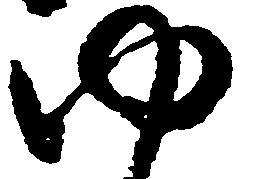
ゆ